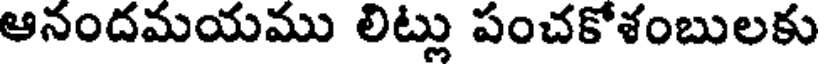
ఆనందమయము లిట్లు పంచకోశంబులకు